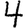
Digit: 4